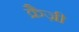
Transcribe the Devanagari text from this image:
क्रैज़ी